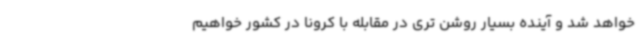
خواهد شد و آینده بسیار روشن تری در مقابله با کرونا در کشور خواهیم